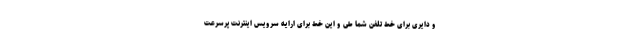
و دایری برای خط تلفن شما طی و این خط برای ارایه سرویس اینترنت پرسرعت